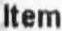
ITEM